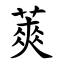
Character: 䔪